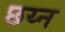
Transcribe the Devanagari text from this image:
छय्न